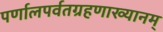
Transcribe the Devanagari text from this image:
पर्णालपर्वतग्रहणाख्यानम्